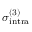
\sigma _ { \mathrm { i n t r a } } ^ { ( 3 ) }